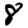
Digit: 8